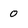
Character: 0